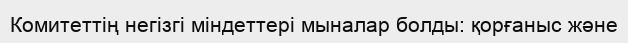
Комитеттің негізгі міндеттері мыналар болды: қорғаныс және